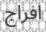
افراج